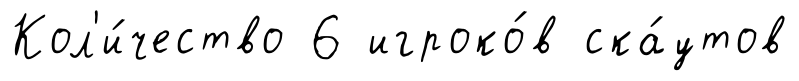
Кол'и́чество 6 игроко́в ска́утов